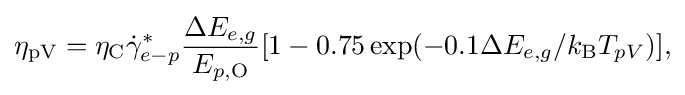
{\begin{aligned}\eta _{\mathrm {pV} }=\eta _{\mathrm {C} }{\dot {\gamma }}_{e-p}^{*}{\frac {\Delta E_{e,g}}{E_{p,\mathrm {O} }}}[1-0.75\exp(-0.1\Delta E_{e,g}/k_{\mathrm {B} }T_{pV})],\end{aligned}}